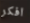
افكر